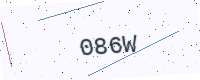
Text: 086W